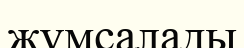
жүмсалады